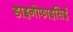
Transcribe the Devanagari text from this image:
डाइनोफाइसिई